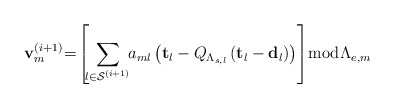
\begin{align*}\mathbf{v}_{m}^{\left(i+1\right)}\negmedspace=\negmedspace\left[\negmedspace\sum_{l\in\mathcal{S}^{\left(i+1\right)}}\negthickspace a_{ml}\left(\mathbf{t}_{l}-Q_{\Lambda_{s,l}}\left(\mathbf{t}_{l}-\mathbf{d}_{l}\right)\right)\right]\negthickspace\bmod\negmedspace\Lambda_{e,m}\end{align*}